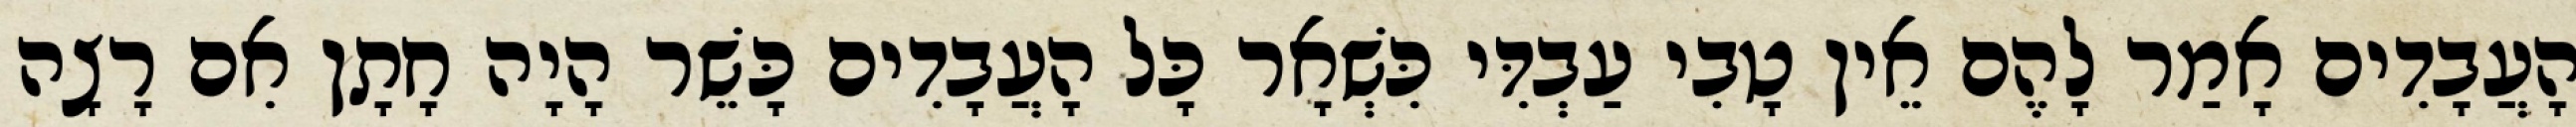
הָעֲבָדִים אָמַר לָהֶם אֵין טָבִי עַבְדִּי כִּשְׁאָר כָּל הָעֲבָדִים כָּשֵׁר הָיָה חָתָן אִם רָצָה